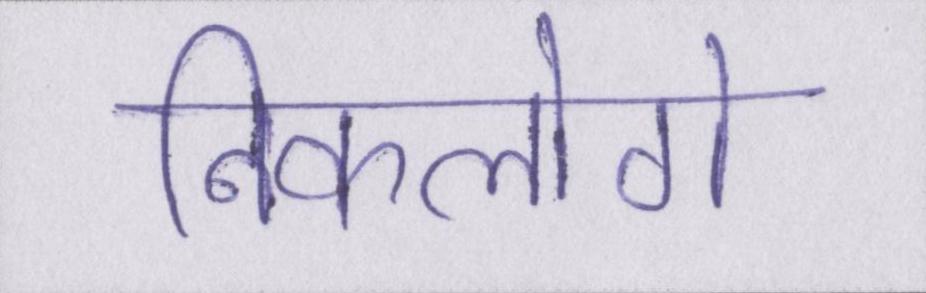
निकलोगे